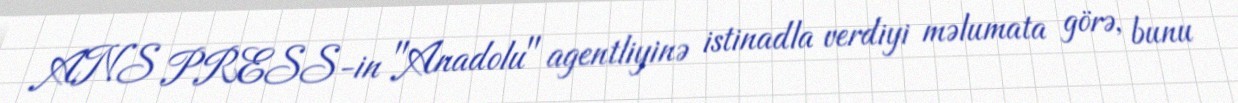
ANS PRESS-in "Anadolu" agentliyinə istinadla verdiyi məlumata görə, bunu